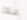
هناك